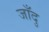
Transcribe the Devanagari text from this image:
जाँदु